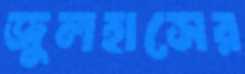
জুলহাসের